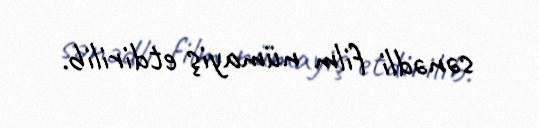
sənədli film nümayiş etdirilib.